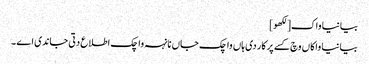
بیانیا واک[لکھو]
بیانیا واکاں وچ کسے پرکار دی ہاں واچک جاں نانہہ واچک اطلاع دتی جاندی اے ۔